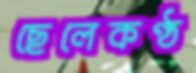
ছেলেকণ্ঠ